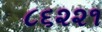
૮૬૨૨૧